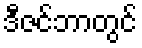
ဒီဇင်ဘာတွင်